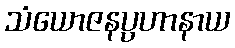
သံယောဇနပ္ပဟာနာယ